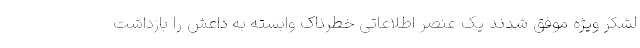
لشکر ویژه موفق شدند یک عنصر اطلاعاتی خطرناک وابسته به داعش را بازداشت